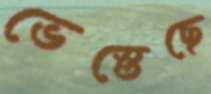
ভেস্তেছে